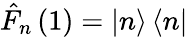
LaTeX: \hat{F}_{n}\left(1\right)=\left|n\right\rangle\left\langle n\right|